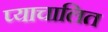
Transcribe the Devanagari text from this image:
प्याचालित